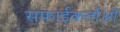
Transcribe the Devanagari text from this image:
सफ़ाईकर्ताओं